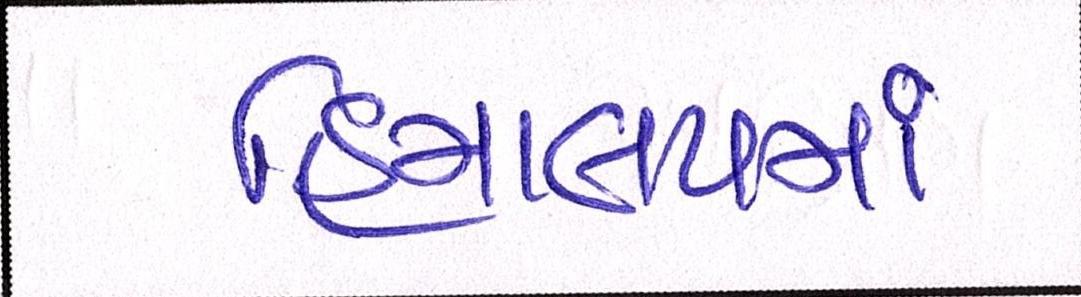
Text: હિમાલયમાં